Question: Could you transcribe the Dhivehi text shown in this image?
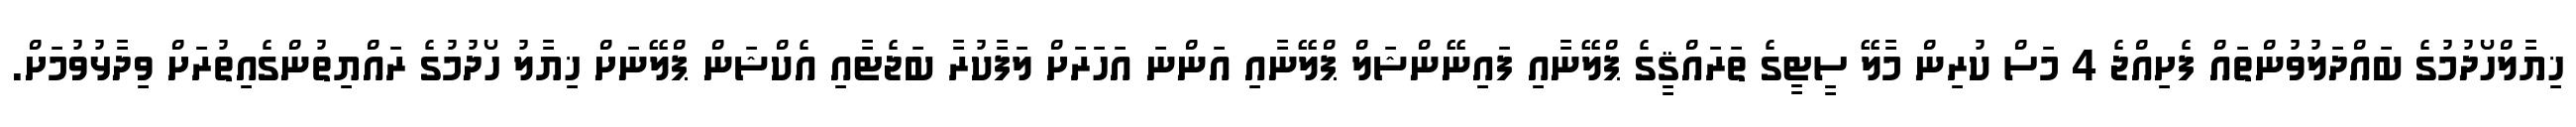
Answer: ޚިޔާލްހޯދުމުގެ ބައްދަލުވުންތައް ފެށިއްޖެ 4 މަސް ކުރިން މާލޭ ސީޓީގެ ތަރައްޤީގެ ޕްލޭނާއި ފައިނޭންޝަލް ޕްލޭނާއި އަންނަ އަހަރަށް ލަފާކުރާ ބަޖެޓާއި އެކްޝަން ޕްލޭނަށް ޚިޔާލު ހޯދުމުގެ ރައްޔިތުންގެއިތުރަށް ވިދާޅުވުމަށް.